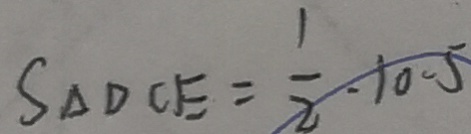
S _ { \Delta } D C E = \frac { 1 } { 2 } . 1 0 . 5